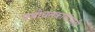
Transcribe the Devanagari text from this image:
प्रबोधनकार्यासाठी